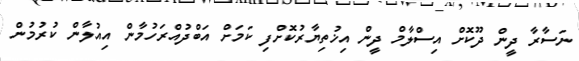
ނަސާރާ ދީން ދޫކޮށް އިސްލާމް ދީން އިޚުތިޔާރުކޮށްފި ކަމަށް އަބްދުއްރަހުމާން އިއުލާން ކުރުމުން